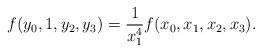
LaTeX: \begin{align*}f(y_0,1,y_2,y_3)=\frac{1}{x_1^4}f(x_0,x_1,x_2,x_3).\end{align*}